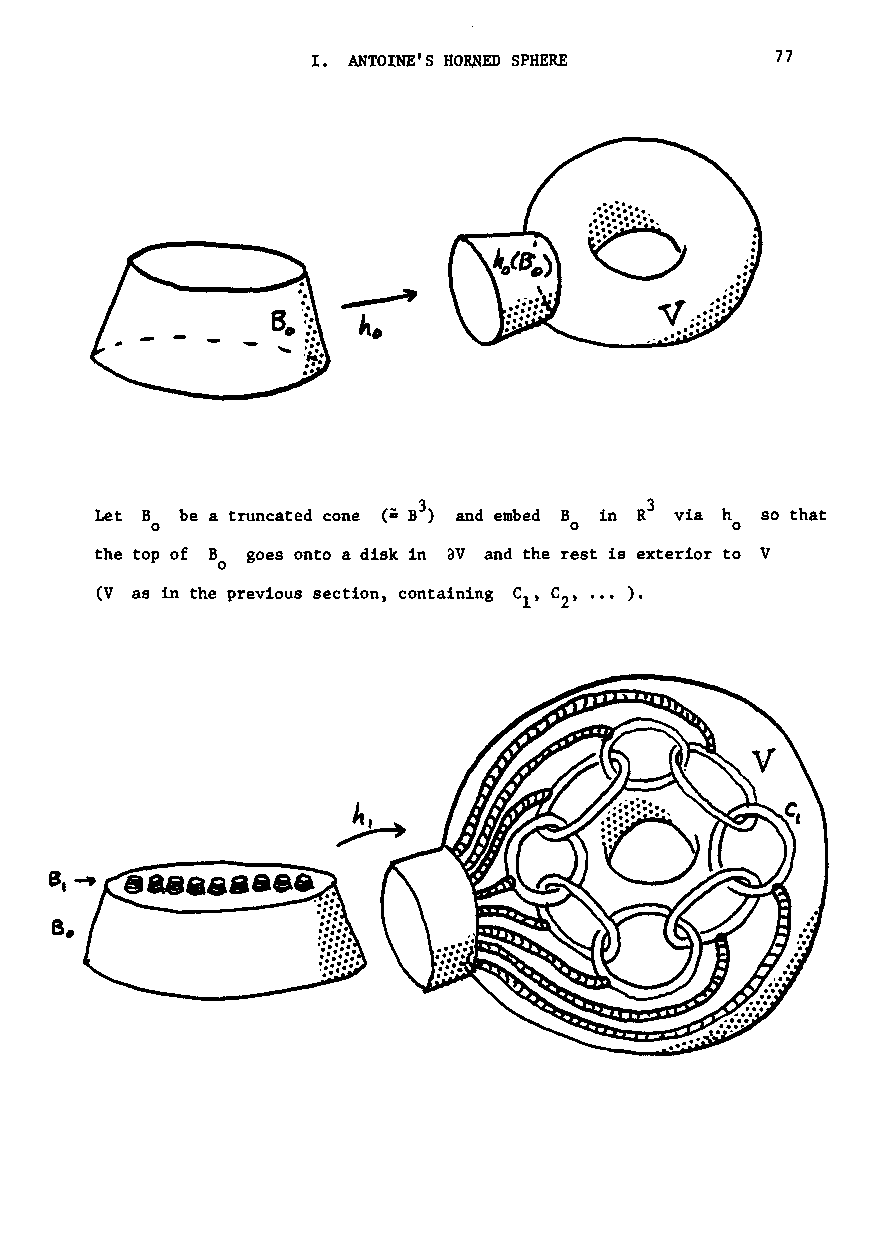
I. ANTOINE'S HORNED SPHERE    77
 3
 Let B be a truncated cone and embed B in R via h so that
 o                           o         0
 the top of B goes onto a disk in av and the rest is exterior to V
 o
 (Vas in the previous section» containing C 1t C 2t ••• ).